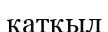
қатқыл